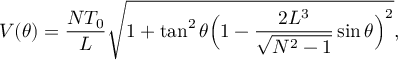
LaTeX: V ( \theta ) = \frac { N T _ { 0 } } { L } \sqrt { 1 + \tan ^ { 2 } { \theta } \Bigl ( 1 - \frac { 2 L ^ { 3 } } { \sqrt { N ^ { 2 } - 1 } } \sin { \theta } \Bigr ) ^ { 2 } } ,